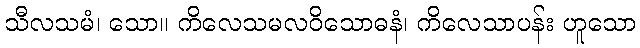
သီလသမံ၊ သော။ ကိလေသမလဝိသောဓနံ၊ ကိလေသာပန်း ဟူသော